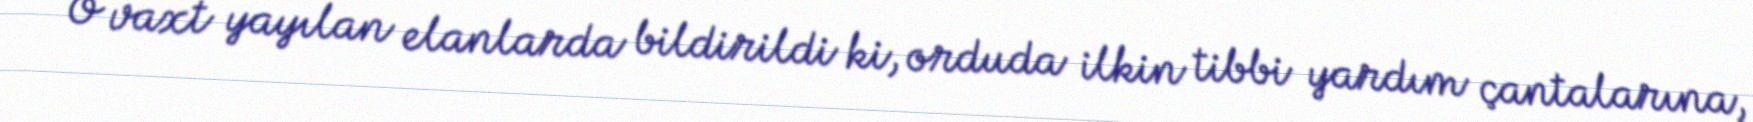
O vaxt yayılan elanlarda bildirildi ki, orduda ilkin tibbi yardım çantalarına,